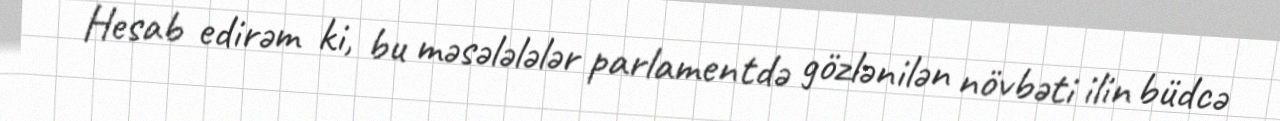
Hesab edirəm ki, bu məsələlələr parlamentdə gözlənilən növbəti ilin büdcə